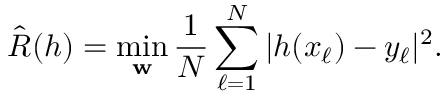
\hat { R } ( h ) = \operatorname* { m i n } _ { \mathbf { w } } \frac { 1 } { N } \sum _ { \ell = 1 } ^ { N } | h ( x _ { \ell } ) - y _ { \ell } | ^ { 2 } .